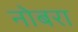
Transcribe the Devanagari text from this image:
नोबरा